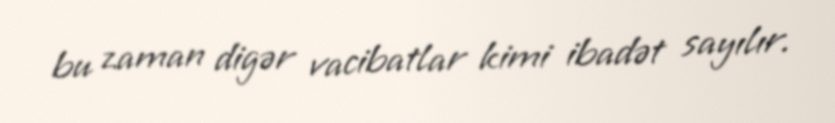
bu zaman digər vacibatlar kimi ibadət sayılır.